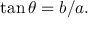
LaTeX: \tan \theta = b / a .